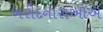
ખરીદનારાઓએ